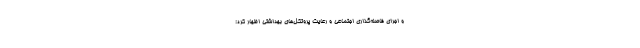
و اجرای فاصله‌گذاری اجتماعی و رعایت پروتکل‌های بهداشتی اظهار کرد: